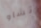
تشاو